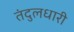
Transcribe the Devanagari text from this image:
तंदुलधारी